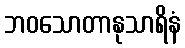
ဘဝသောတာနုသာရိနံ